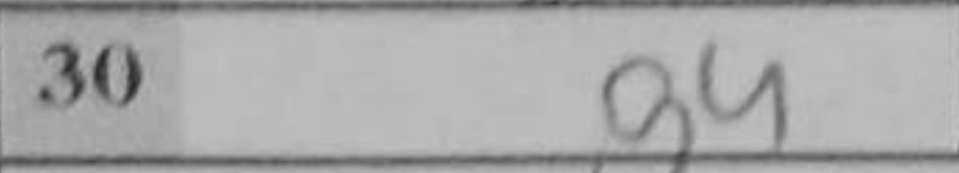
Transcription: g4